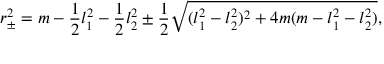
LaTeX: r _ { \pm } ^ { 2 } = m - { \frac { 1 } { 2 } } l _ { 1 } ^ { 2 } - { \frac { 1 } { 2 } } l _ { 2 } ^ { 2 } \pm { \frac { 1 } { 2 } } \sqrt { ( l _ { 1 } ^ { 2 } - l _ { 2 } ^ { 2 } ) ^ { 2 } + 4 m ( m - l _ { 1 } ^ { 2 } - l _ { 2 } ^ { 2 } ) } ,